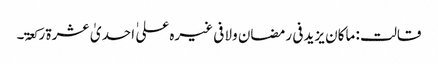
قالت : ماکان یزید فی رمضان ولا فی غیرہ علی ٰ احدیٰ عشرۃ رکعۃ۔